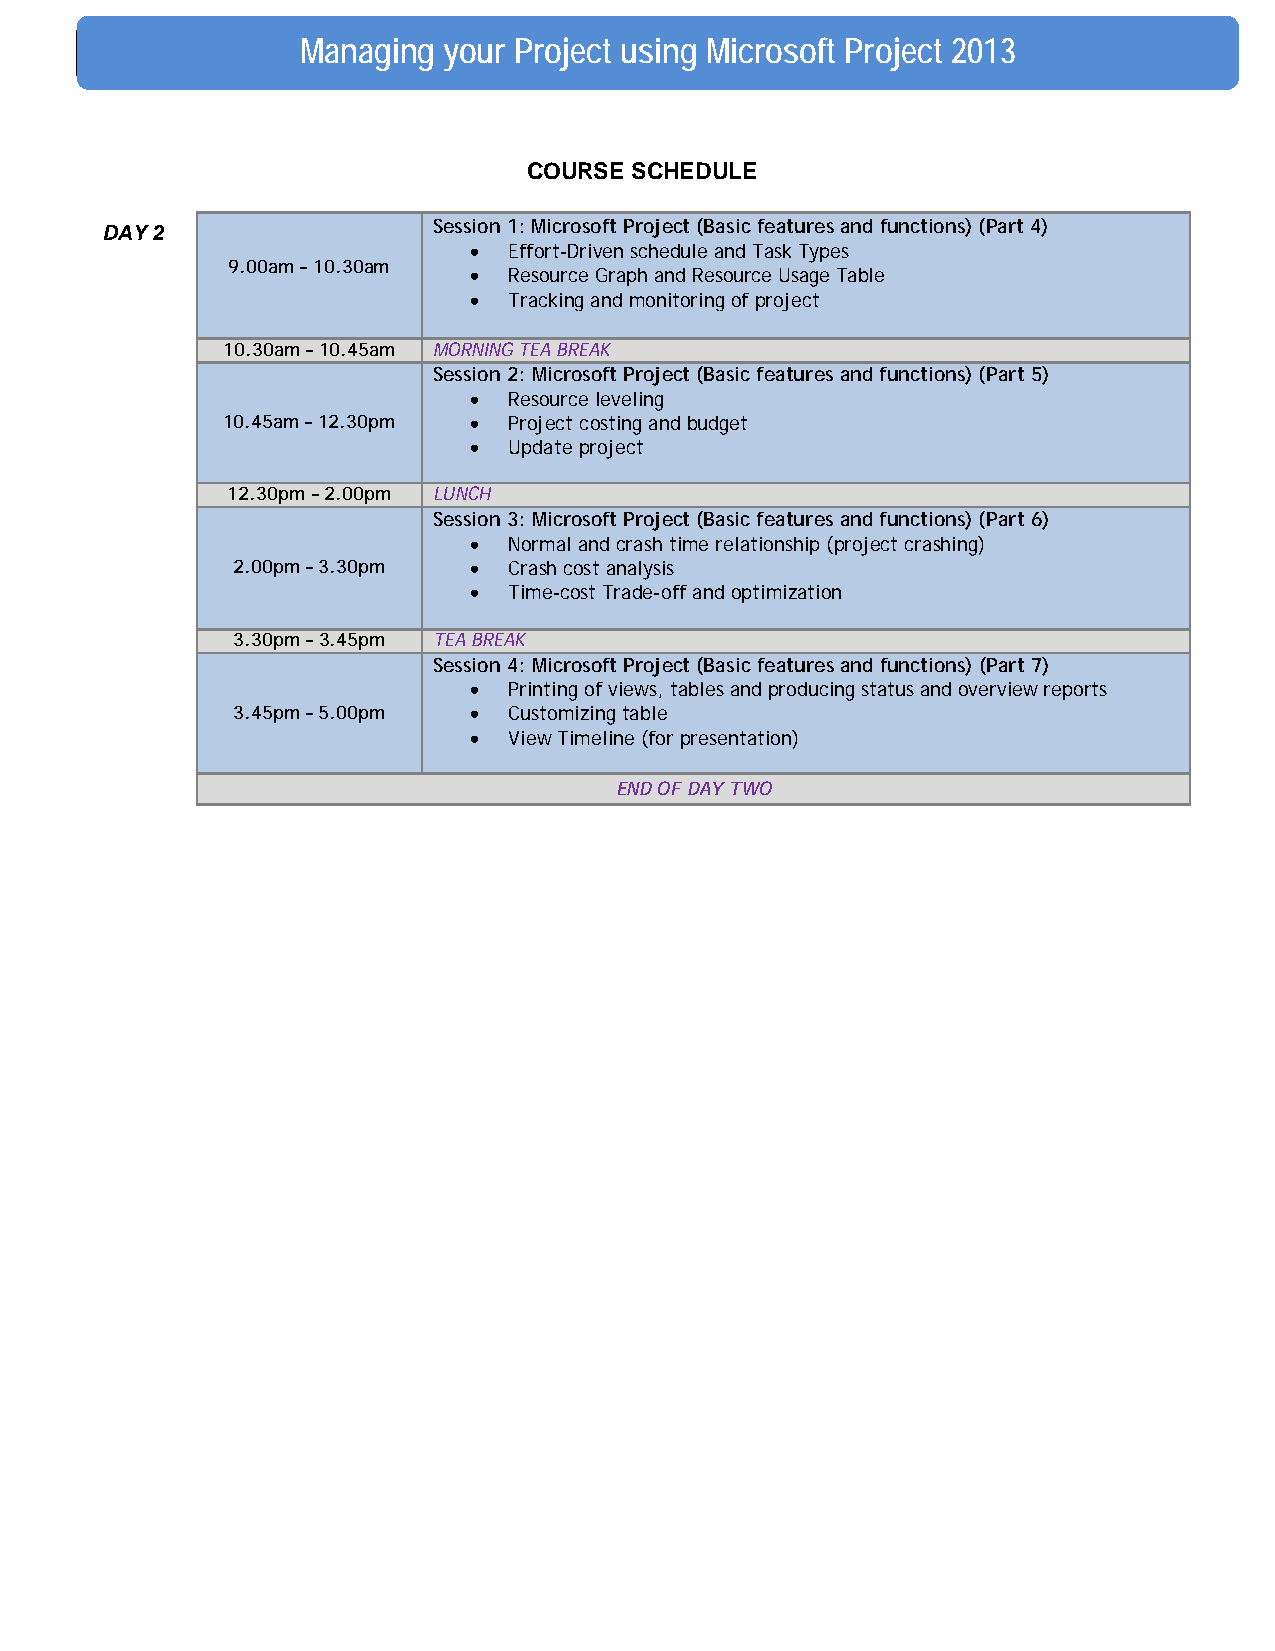
Managing your Project us ing Microsoft Project 2013
 COURSE SCHEDULE
 Session 1: Microsoft Project (Basic features and functions) (Part 4)
 DAY 2
 •  Effort-Driven schedule and Task Types
 9.00am – 10.30am
 •  Resource Graph and Resource Usage Table
 •  Tracking and monitoring of project
 10.30am – 10.45am MORNING TEA BREAK
 Session 2: Microsoft Project (Basic features and functions) (Part 5)
 •  Resource leveling
 10.45am – 12.30pm • Project costing and budget
 •  Update project
 12.30pm – 2.00pm LUNCH
 Session 3: Microsoft Project (Basic features and functions) (Part 6)
 •  Normal and crash time relationship (project crashing)
 2.00pm – 3.30pm •  Crash cost analysis
 •  Time-cost Trade-off and optimization
 3.30pm – 3.45pm TEA BREAK
 Session 4: Microsoft Project (Basic features and functions) (Part 7)
 •  Printing of views, tables and producing status and overview reports
 3.45pm – 5.00pm •  Customizing table
 •  View Timeline (for presentation)
 END OF DAY TWO
 \\\\